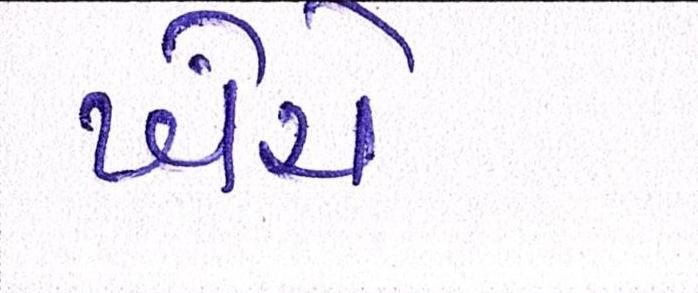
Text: ખેંચે